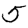
Digit: 5